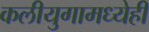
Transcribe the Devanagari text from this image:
कलीयुगामध्येही